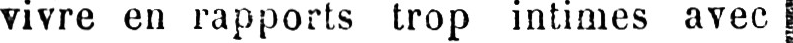
vivre en rapports trop intimes avec